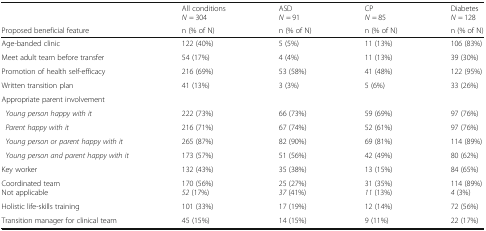
<table><thead><tr><td></td><td><b>All conditions<i>N</i> = 304</b></td><td><b>ASD<i>N</i> = 91</b></td><td><b>CP<i>N</i> = 85</b></td><td><b>Diabetes<i>N</i> = 128</b></td></tr><tr><td><b>Proposed beneficial feature</b></td><td><b>n (% of N)</b></td><td><b>n (% of N)</b></td><td><b>n (% of N)</b></td><td><b>n (% of N)</b></td></tr></thead><tbody><tr><td>Age-banded clinic</td><td>122 (40%)</td><td>5 (5%)</td><td>11 (13%)</td><td>106 (83%)</td></tr><tr><td>Meet adult team before transfer</td><td>54 (17%)</td><td>4 (4%)</td><td>11 (13%)</td><td>39 (30%)</td></tr><tr><td>Promotion of health self-efficacy</td><td>216 (69%)</td><td>53 (58%)</td><td>41 (48%)</td><td>122 (95%)</td></tr><tr><td>Written transition plan</td><td>41 (13%)</td><td>3 (3%)</td><td>5 (6%)</td><td>33 (26%)</td></tr><tr><td>Appropriate parent involvement</td><td></td><td></td><td></td><td></td></tr><tr><td> <i>Young person happy with it</i></td><td>222 (73%)</td><td>66 (73%)</td><td>59 (69%)</td><td>97 (76%)</td></tr><tr><td> <i>Parent happy with it</i></td><td>216 (71%)</td><td>67 (74%)</td><td>52 (61%)</td><td>97 (76%)</td></tr><tr><td> <i>Young person or parent happy with it</i></td><td>265 (87%)</td><td>82 (90%)</td><td>69 (81%)</td><td>114 (89%)</td></tr><tr><td> <i>Young person and parent happy with it</i></td><td>173 (57%)</td><td>51 (56%)</td><td>42 (49%)</td><td>80 (62%)</td></tr><tr><td>Key worker</td><td>132 (43%)</td><td>35 (38%)</td><td>13 (15%)</td><td>84 (65%)</td></tr><tr><td>Coordinated teamNot applicable</td><td>170 (56%)<i>52</i> (17%)</td><td>25 (27%)<i>37</i> (41%)</td><td>31 (35%)<i>11</i> (13%)</td><td>114 (89%)<i>4</i> (3%)</td></tr><tr><td>Holistic life-skills training</td><td>101 (33%)</td><td>17 (19%)</td><td>12 (14%)</td><td>72 (56%)</td></tr><tr><td>Transition manager for clinical team</td><td>45 (15%)</td><td>14 (15%)</td><td>9 (11%)</td><td>22 (17%)</td></tr></tbody></table>